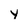
Character: y